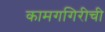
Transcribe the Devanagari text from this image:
कामगगिरीची